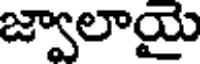
జ్వాలాయై